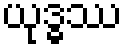
ယုဒ္ဓဿ